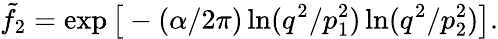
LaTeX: \tilde{f}_{2}=\exp\big[-(\alpha/2\pi)\ln(q^{2}/p_{1}^{2})\ln(q^{2}/p_{2}^{2})\big].